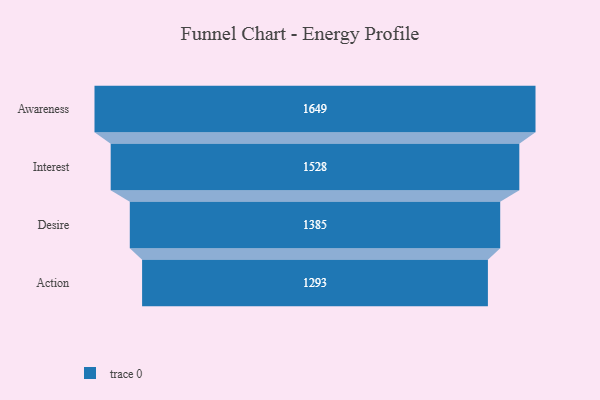
{"axis": {"x": "Stage", "y": "Value"}, "legend": [""], "data": [{"x": "Awareness", "y": 1649.0, "type": ""}, {"x": "Interest", "y": 1528.0, "type": ""}, {"x": "Desire", "y": 1385.0, "type": ""}, {"x": "Action", "y": 1293.0, "type": ""}]}